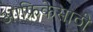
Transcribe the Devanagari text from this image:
आफ्रिकेसाठी